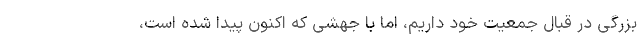
بزرگی در قبال جمعیت خود داریم، اما با جهشی که اکنون پیدا شده است،